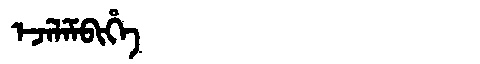
Manchu: ᡝᠵᡝᠯᡝᠮᠪᡳᡥᡝ
Romanization: EJELEMBIHE